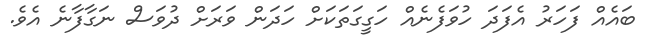
ބައެއް ފަހަރު އެފަދަ ހުވަފެނެއް ހަގީގަތަކަށް ހަދަން ވަރަށް ދުވަސް ނަގާފާނެ އެވެ.